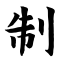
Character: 制